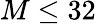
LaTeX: M\leq 32